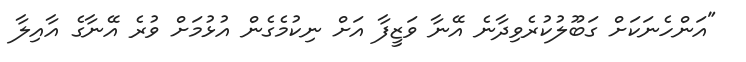
"އަންހެނަކަށް ގަބޫލުކުރެވިދާނެ އޭނާ ވަޒީފާ އަށް ނިކުމެގެން އުޅުމަށް ވުރެ އޭނާގެ އާއިލާ